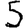
Digit: 5